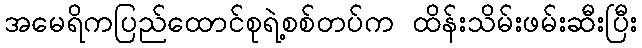
အမေရိကပြည်ထောင်စုရဲ့စစ်တပ်က ထိန်းသိမ်းဖမ်းဆီးပြီး